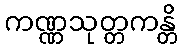
ကဏ္ဏသုတ္တကန္တိ